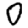
Digit: 0